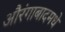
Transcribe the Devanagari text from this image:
औरंगाबादमधे